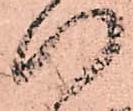
八